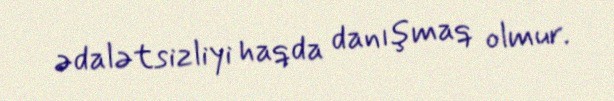
ədalətsizliyi haqda danışmaq olmur.